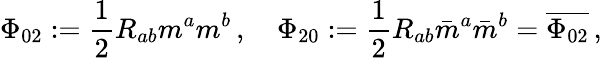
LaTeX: \Phi_{02}:={\frac{1}{2}}R_{ab}m^{a}m^{b}\, ,\quad\Phi_{20}:={\frac{1}{2}}R_{ab}{\bar{m}}^{a}{\bar{m}}^{b}={\overline{{\Phi_{02}}}}\, ,